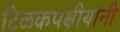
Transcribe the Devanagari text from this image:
टिळकपक्षीयांनी